Indian journal of veterinary science and animal husbandry - Volume 6,
Year: 1936
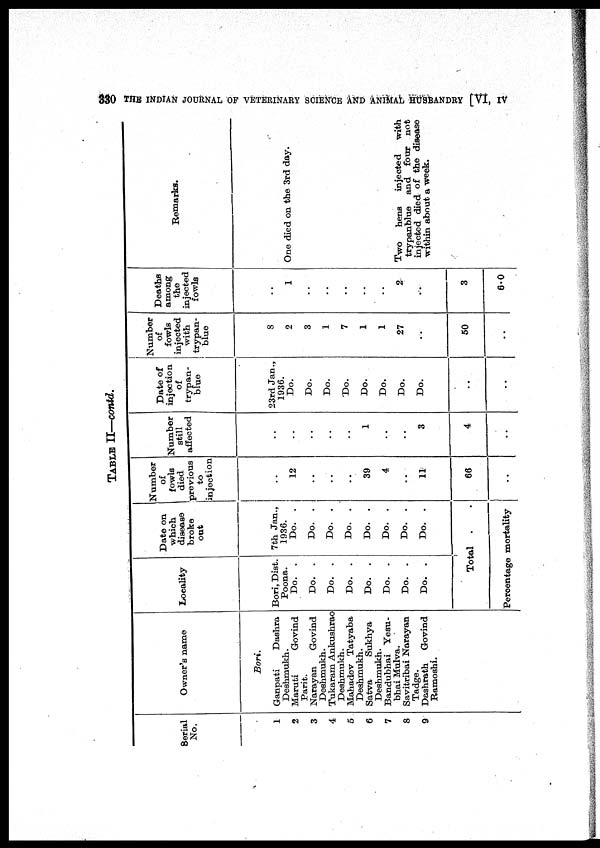
330 THE INDIAN JOURNAL OF VETERINARY SCIENCE AND ANIMAL HUSBANDRY [VI, IV
TABLE II—contd.
Serial
No.
1
2
3
4
5
6
7
8
9
Owner's name
Bori.
Ganpati
Dashra
Deshmukh.
Maruti Govind
Parit. Narayan
Govind
Deshmukh.
Tukaram Ankushrao
Deshmukh.
Mahadev Tatyaba
Deshmukh.
Satva
Sukhya
Deshmukh.
Bandubhai Yesu¬
bhai Mulva.
Savitribai Narayan
Tadge.
Dashrath Govind
Ramoshi.
Locality
Bori, Dist.
Poona.
Do. .
Do. .
Do. .
Do. .
Do. .
Do. .
Do. .
Do. .
Date on
which
disease
broke
out
7th Jan.,
1936.
Do. .
Do. .
Do. .
Do. .
Do. .
Do. .
Do. .
Do. .
Total . .
Percentage mortality
Slumber
of
fowls
died
previous
to
injection
. .
12
. .
. .
. .
39
4
. .
11
66
. .
Number
still
affected
. .
. .
. .
. .
. .
1
. .
. .
3
4
. .
Date of
injection
of
trypan-
blue
23rd Jan.,
1936.
Do.
Do.
Do.
Do.
Do.
Do.
Do.
Do.
. .
. .
Number
of
fowls
injected
with
trypan-
blue
8
2
3
1
7
1
1
27
. .
50
. .
Deaths
among
the
injected
fowls
. .
1
. .
. .
. .
. .
2
. .
. .
3
6.0
Remarks.
One died on the 3rd day.
Two hens
injected
with
trypanblue and four not
injected died of the disease
within about a week.